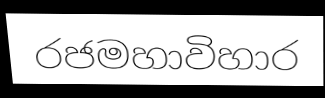
රජමහාවිහාර